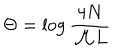
LaTeX: \Theta = \log \displaystyle \frac { 4 N } { { \cal M } L }